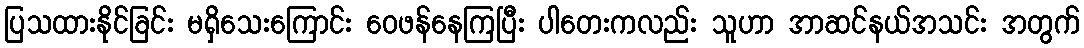
ပြသထားနိုင်ခြင်း မရှိသေးကြောင်း ဝေဖန်နေကြပြီး ပါတေးကလည်း သူဟာ အာဆင်နယ်အသင်း အတွက်